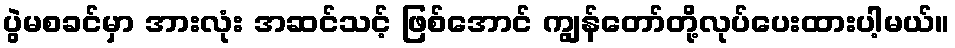
ပွဲမစခင်မှာ အားလုံး အဆင်သင့် ဖြစ်အောင် ကျွန်တော်တို့လုပ်ပေးထားပါ့မယ်။